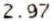
2.97